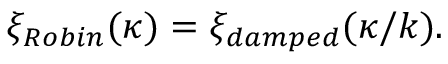
\xi _ { R o b i n } ( \kappa ) = \xi _ { d a m p e d } ( \kappa / k ) .